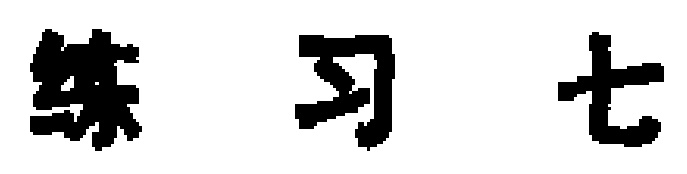
练习七